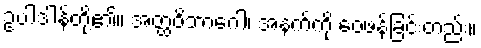
ဥပါဒါန်တို့၏။ အတ္ထဝိဘာဂေါ၊ အနက်ကို ဝေဖန်ခြင်းတည်း။